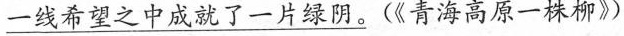
一线希望之中成就了一片绿阴}。(《青海高原一株柳》